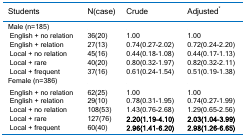
| Students | N(case) | Crude | Adjusted* |
 | --- | --- | --- | --- |
 | Male (n=185) |  |  |  |
 | English + no relation | 36(20) | 1.00 | 1.00 |
 | English + relation | 27(13) | 0.74(0.27-2.02) | 0.72(0.24-2.20) |
 | Local + no relation | 45(16) | 0.44(0.18-1.08) | 0.44(0.17-1.13) |
 | Local + rare | 40(20) | 0.80(0.32-1.97) | 0.82(0.32-2.11) |
 | Local + frequent | 37(16) | 0.61(0.24-1.54) | 0.51(0.19-1.38) |
 | Female (n=386) |  |  |  |
 | English + no relation | 62(25) | 1.00 | 1.00 |
 | English + relation | 29(10) | 0.78(0.31-1.95) | 0.74(0.27-1.99) |
 | Local + no relation | 108(53) | 1.43(0.76-2.68) | 1.29(0.65-2.56) |
 | Local + rare | 127(76) | 2.20(1.19-4.10) | 2.03(1.04-3.99) |
 | Local + frequent | 60(40) | 2.96(1.41-6.20) | 2.98(1.26-6.65) |